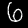
Label: 6